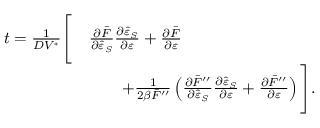
\begin{array} { r l } { t = \frac { 1 } { D V ^ { \ast } } \Bigg [ } & { \frac { \partial \bar { F } } { \partial \hat { \varepsilon } _ { S } } \frac { \partial \hat { \varepsilon } _ { S } } { \partial \varepsilon } + \frac { \partial \bar { F } } { \partial \varepsilon } } \\ & { \qquad + \frac { 1 } { 2 \beta \bar { F } ^ { \prime \prime } } \left( \frac { \partial \bar { F } ^ { \prime \prime } } { \partial \hat { \varepsilon } _ { S } } \frac { \partial \hat { \varepsilon } _ { S } } { \partial \varepsilon } + \frac { \partial \bar { F } ^ { \prime \prime } } { \partial \varepsilon } \right) \Bigg ] . } \end{array}